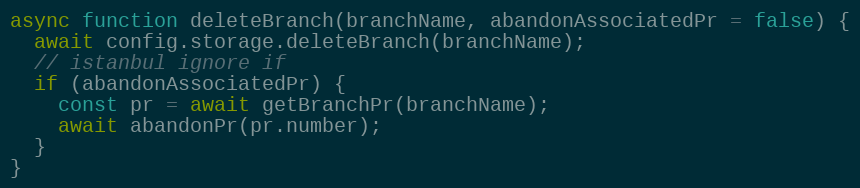
Language: JavaScript
async function deleteBranch(branchName, abandonAssociatedPr = false) {
  await config.storage.deleteBranch(branchName);
  // istanbul ignore if
  if (abandonAssociatedPr) {
    const pr = await getBranchPr(branchName);
    await abandonPr(pr.number);
  }
}